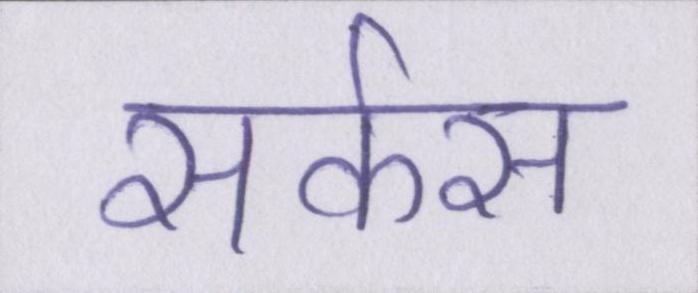
सर्कस